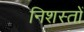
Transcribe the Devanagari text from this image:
निशस्तों